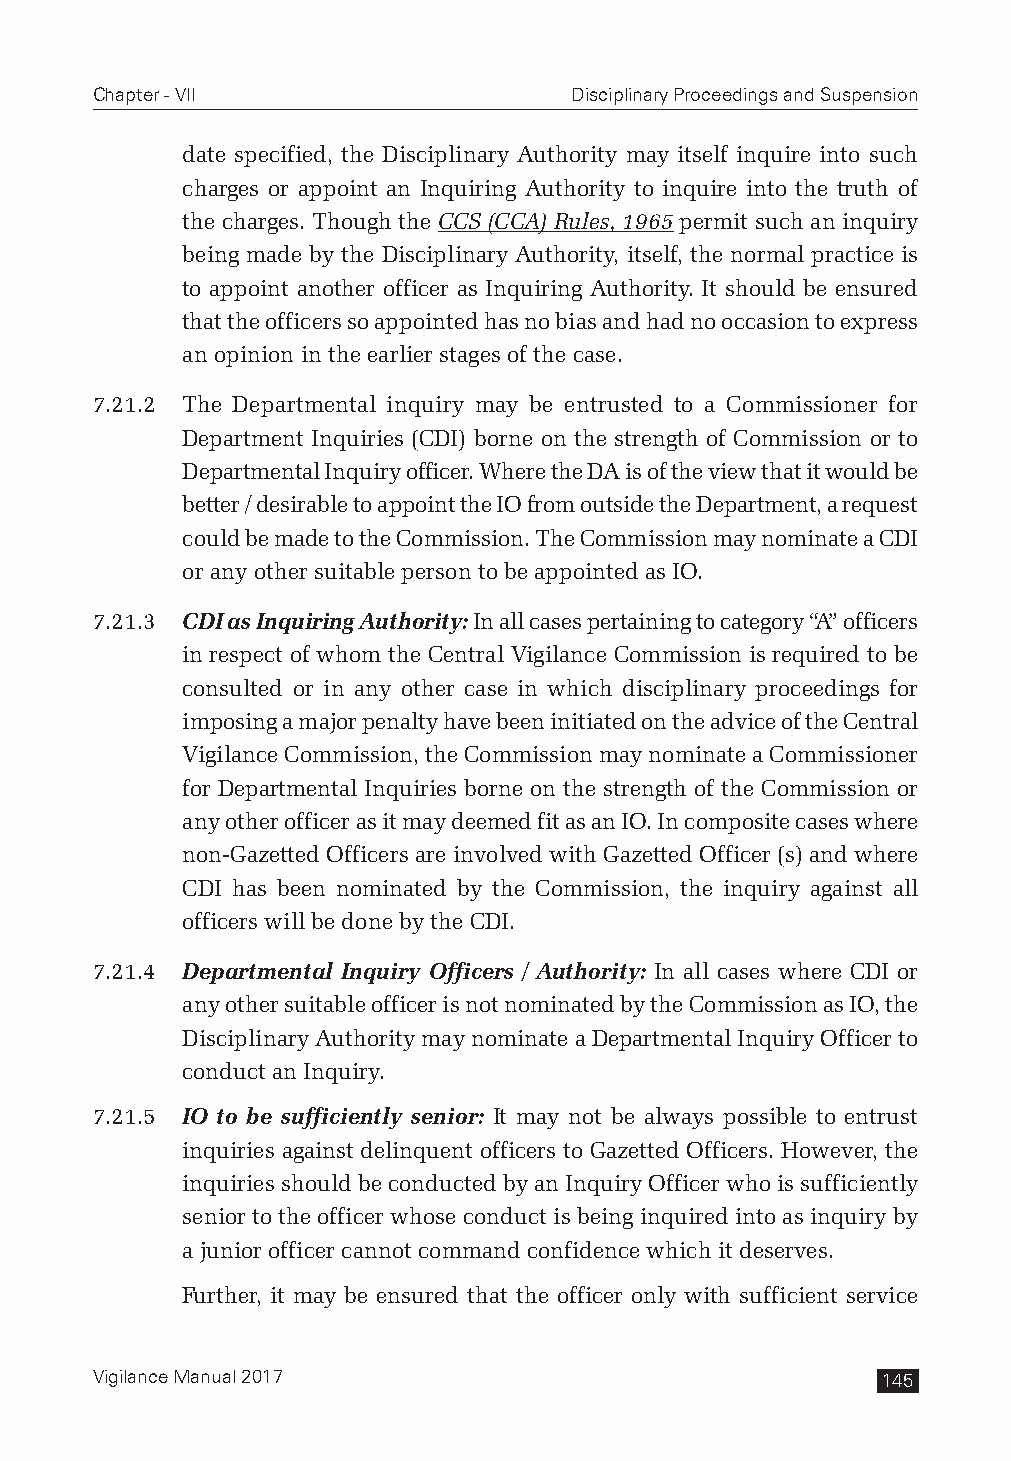
Chapter - VII                   Disciplinary Proceedings and Suspension
 date specified, the Disciplinary Authority may itself inquire into such
 charges or appoint an Inquiring Authority to inquire into the truth of
 the charges. Though the CCS (CCA) Rules, 1965 permit such an inquiry
 being made by the Disciplinary Authority, itself, the normal practice is
 to appoint another officer as Inquiring Authority. It should be ensured
 that the officers so appointed has no bias and had no occasion to express
 an opinion in the earlier stages of the case.
 7.21.2 The Departmental inquiry may be entrusted to a Commissioner for
 Department Inquiries (CDI) borne on the strength of Commission or to
 Departmental Inquiry officer. Where the DA is of the view that it would be
 better / desirable to appoint the IO from outside the Department, a request
 could be made to the Commission. The Commission may nominate a CDI
 or any other suitable person to be appointed as IO.
 7.21.3 CDI as Inquiring Authority: In all cases pertaining to category “A” officers
 in respect of whom the Central Vigilance Commission is required to be
 consulted or in any other case in which disciplinary proceedings for
 imposing a major penalty have been initiated on the advice of the Central
 Vigilance Commission, the Commission may nominate a Commissioner
 for Departmental Inquiries borne on the strength of the Commission or
 any other officer as it may deemed fit as an IO. In composite cases where
 non-Gazetted Officers are involved with Gazetted Officer (s) and where
 CDI has been nominated by the Commission, the inquiry against all
 officers will be done by the CDI.
 7.21.4 Departmental Inquiry Officers / Authority: In all cases where CDI or
 any other suitable officer is not nominated by the Commission as IO, the
 Disciplinary Authority may nominate a Departmental Inquiry Officer to
 conduct an Inquiry.
 7.21.5 IO to be sufficiently senior: It may not be always possible to entrust
 inquiries against delinquent officers to Gazetted Officers. However, the
 inquiries should be conducted by an Inquiry Officer who is sufficiently
 senior to the officer whose conduct is being inquired into as inquiry by
 a junior officer cannot command confidence which it deserves.
 Further, it may be ensured that the officer only with sufficient service
 Vigilance Manual 2017                               145